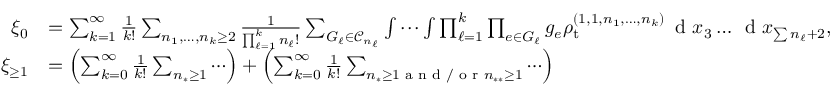
\begin{array} { r l } { \xi _ { 0 } } & { = \sum _ { k = 1 } ^ { \infty } \frac { 1 } { k ! } \sum _ { n _ { 1 } , \ldots , n _ { k } \geq 2 } \frac { 1 } { \prod _ { \ell = 1 } ^ { k } n _ { \ell } ! } \sum _ { G _ { \ell } \in \mathcal { C } _ { n _ { \ell } } } \idotsint \prod _ { \ell = 1 } ^ { k } \prod _ { e \in G _ { \ell } } g _ { e } \rho _ { \mathrm { t } } ^ { ( 1 , 1 , n _ { 1 } , \ldots , n _ { k } ) } \, \textnormal { d } x _ { 3 } \ldots \, \textnormal { d } x _ { \sum n _ { \ell } + 2 } , } \\ { \xi _ { \geq 1 } } & { = \left( \sum _ { k = 0 } ^ { \infty } \frac { 1 } { k ! } \sum _ { n _ { * } \geq 1 } \cdots \right) + \left( \sum _ { k = 0 } ^ { \infty } \frac { 1 } { k ! } \sum _ { n _ { * } \geq 1 \textnormal { a n d / o r } n _ { * * } \geq 1 } \cdots \right) } \end{array}